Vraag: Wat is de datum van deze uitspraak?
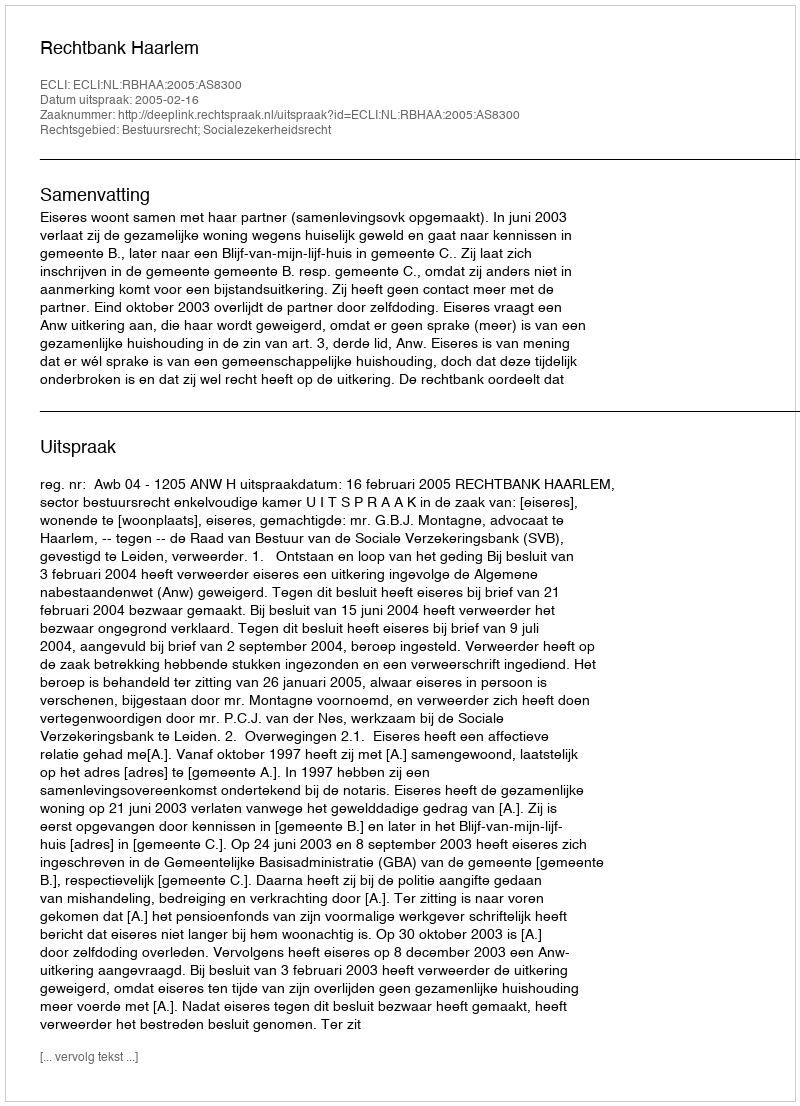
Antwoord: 2005-02-16